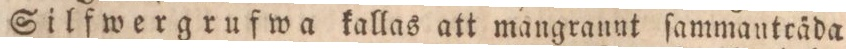
Silfwergrufwa kallas att mangrannt ſammantcäda